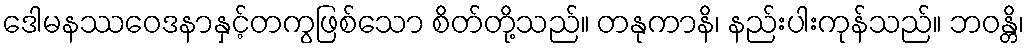
ဒေါမနဿဝေဒနာနှင့်တကွဖြစ်သော စိတ်တို့သည်။ တနုကာနိ၊ နည်းပါးကုန်သည်။ ဘဝန္တိ၊